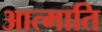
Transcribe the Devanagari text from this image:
आत्माति